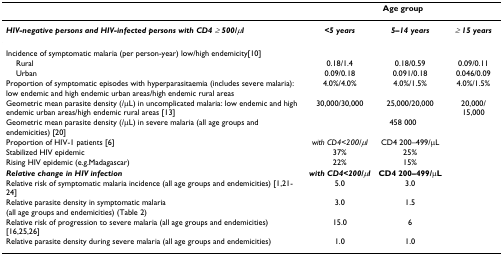
|  | <COLSPAN=3> Age group |
 | --- | --- | --- | --- |
 | HIV-negative persons and HIV-infected persons with CD4 ≥ 500/μl | <5 years | 5–14 years | ≥ 15 years |
 | Incidence of symptomatic malaria (per person-year) low/high endemicity[10] |  |  |  |
 | Rural | 0.18/1.4 | 0.18/0.59 | 0.09/0.11 |
 | Urban | 0.09/0.18 | 0.091/0.18 | 0.046/0.09 |
 | Proportion of symptomatic episodes with hyperparasitaemia (includes severe malaria): low endemic and high endemic urban areas/high endemic rural areas | 4.0%/4.0% | 4.0%/1.5% | 4.0%/1.5% |
 | Geometric mean parasite density (/μL) in uncomplicated malaria: low endemic and high endemic urban areas/high endemic rural areas [13] | 30,000/30,000 | 25,000/20,000 | 20,000/15,000 |
 | Geometric mean parasite density (/μL) in severe malaria (all age groups and endemicities) [20] | <COLSPAN=3> 458 000 |
 | Proportion of HIV-1 patients [6] | with CD4<200/μl | CD4 200–499/μL |  |
 | Stabilized HIV epidemic | 37% | 25% |  |
 | Rising HIV epidemic (e.g.Madagascar) | 22% | 15% |  |
 | Relative change in HIV infection | with CD4<200/μl | CD4 200–499/μL |  |
 | Relative risk of symptomatic malaria incidence (all age groups and endemicities) [1,21-24] | 5.0 | 3.0 |  |
 | Relative parasite density in symptomatic malaria (all age groups and endemicities) (Table 2) | 3.0 | 1.5 |  |
 | Relative risk of progression to severe malaria (all age groups and endemicities) [16,25,26] | 15.0 | 6 |  |
 | Relative parasite density during severe malaria (all age groups and endemicities) | 1.0 | 1.0 |  |